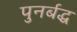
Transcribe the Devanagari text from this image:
पुनर्बद्ध